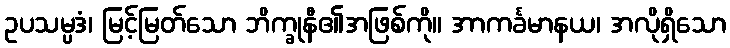
ဥပသမ္ပဒံ၊ မြင့်မြတ်သော ဘိက္ခုနီ၏အဖြစ်ကို။ အာကင်္ခမာနယ၊ အလိုရှိသော